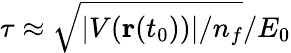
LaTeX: \tau\approx\sqrt{|V(\mathbf{r}(t_{0}))|/n_{f}}/E_{0}